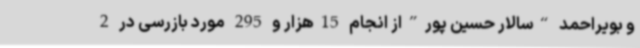
و بویراحمد “سالار حسین پور”از انجام 15هزار و 295 مورد بازرسی در 2